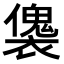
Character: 𧝛